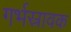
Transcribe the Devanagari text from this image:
गर्भस्रावक